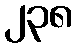
၂၃၈